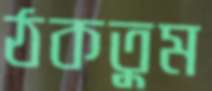
ঠকতুম